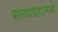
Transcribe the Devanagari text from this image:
सत्याग्रहामध्ये